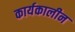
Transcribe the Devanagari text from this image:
कार्यकालीन